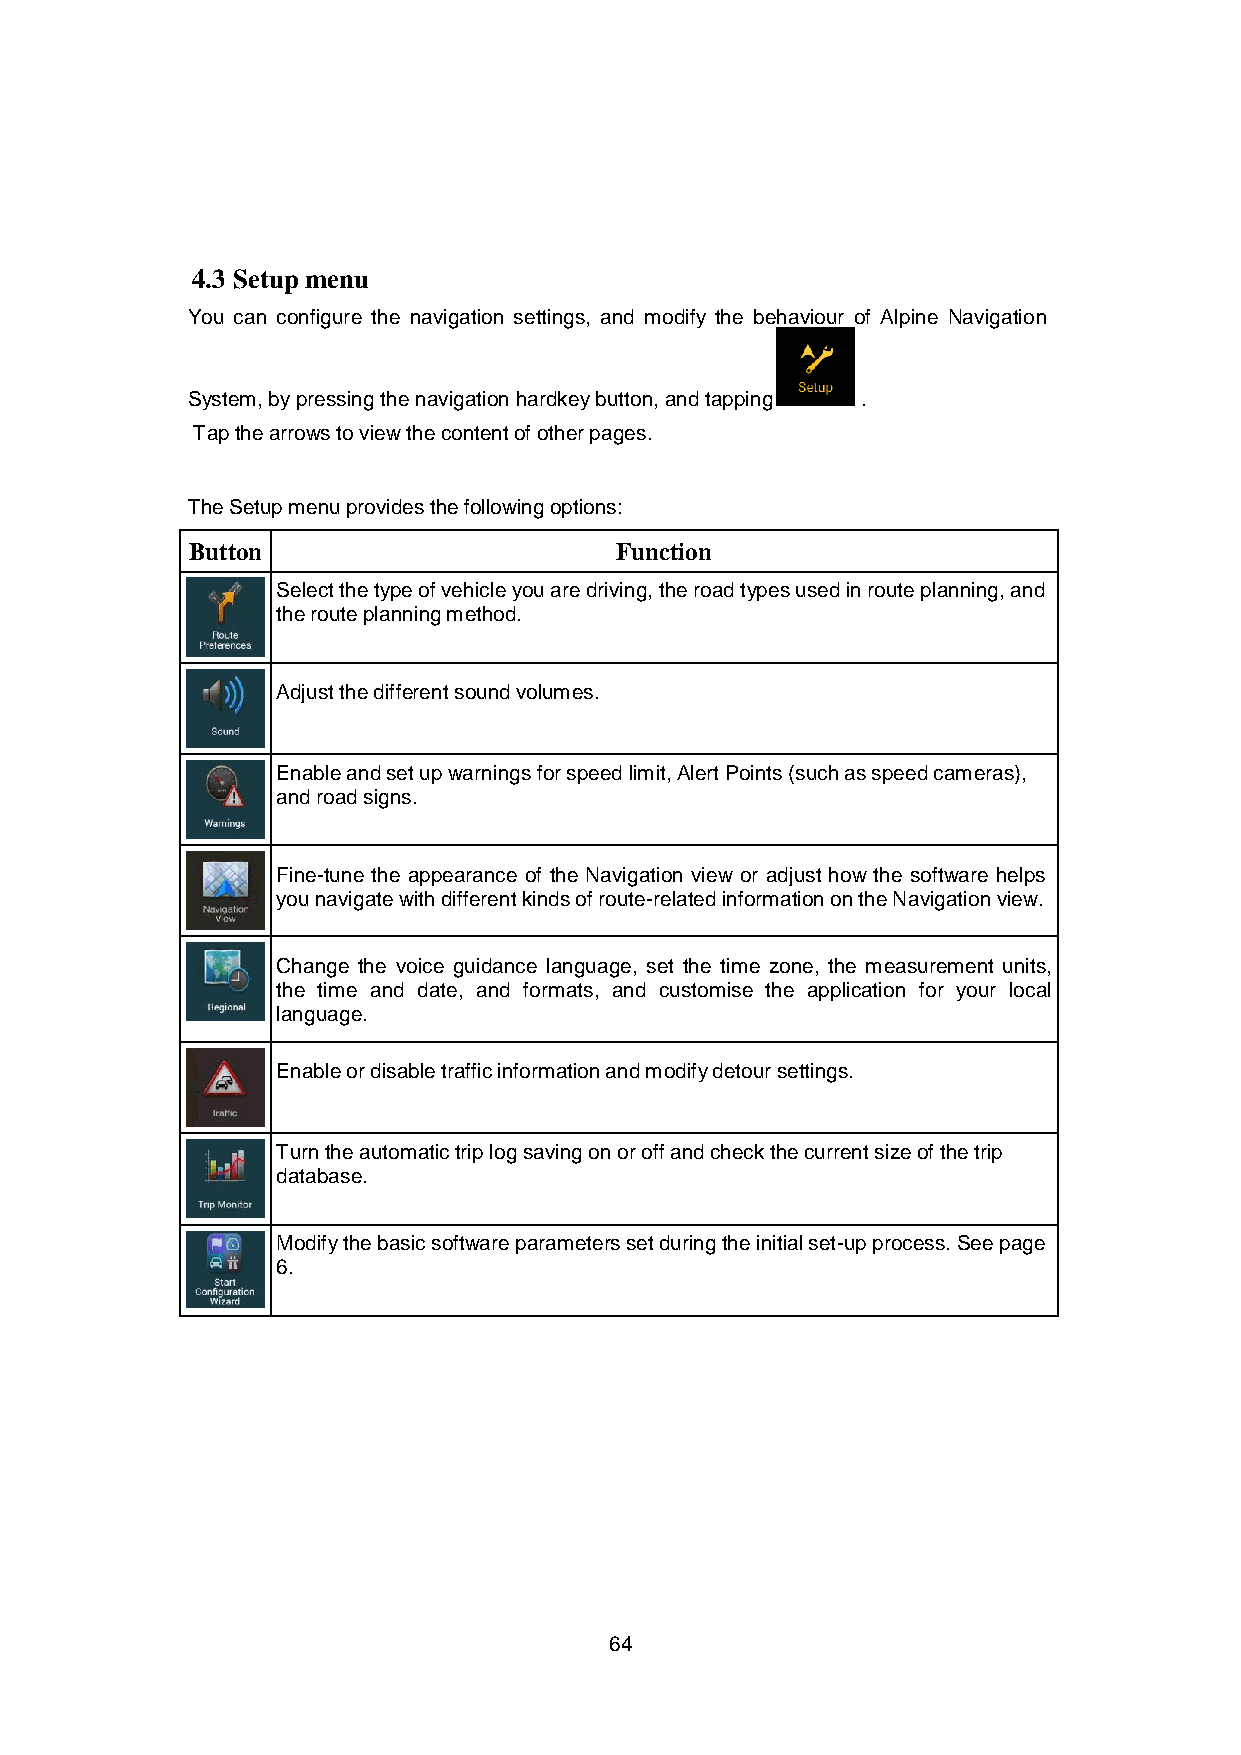
4.3 Setup menu
 You can configure the navigation settings, and modify the behaviour of Alpine Navigation
 System, by pressing the navigation hardkey button, and tapping .
 Tap the arrows to view the content of other pages.
 The Setup menu provides the following options:
 Button                       Function
 Select the type of vehicle you are driving, the road types used in route planning, and
 the route planning method.
 Adjust the different sound volumes.
 Enable and set up warnings for speed limit, Alert Points (such as speed cameras),
 and road signs.
 Fine-tune the appearance of the Navigation view or adjust how the software helps
 you navigate with different kinds of route-related information on the Navigation view.
 Change the voice guidance language, set the time zone, the measurement units,
 the time and date, and formats, and customise the application for your local
 language.
 Enable or disable traffic information and modify detour settings.
 Turn the automatic trip log saving on or off and check the current size of the trip
 database.
 Modify the basic software parameters set during the initial set-up process. See page
 6.
 64